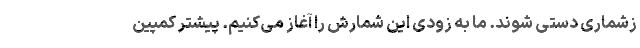
زشماری دستی شوند. ما به زودی این شمارش را آغاز می‌کنیم. پیشتر کمپین